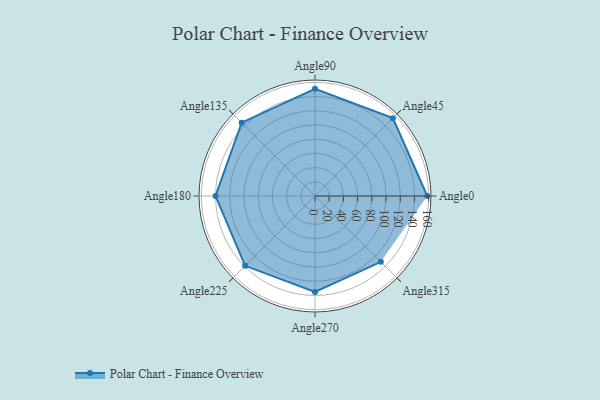
{"axis": {"x": "Angle", "y": "Radius"}, "legend": [""], "data": [{"x": "Angle0", "y": 158.0, "type": ""}, {"x": "Angle45", "y": 155.0, "type": ""}, {"x": "Angle90", "y": 151.0, "type": ""}, {"x": "Angle135", "y": 146.0, "type": ""}, {"x": "Angle180", "y": 140.0, "type": ""}, {"x": "Angle225", "y": 139.0, "type": ""}, {"x": "Angle270", "y": 135.0, "type": ""}, {"x": "Angle315", "y": 131.0, "type": ""}]}